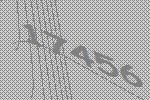
17456